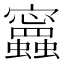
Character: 𧕝